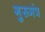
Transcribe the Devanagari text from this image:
गुरूमंत्र